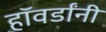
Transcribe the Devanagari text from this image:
हॉवर्डांनी